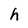
Character: h